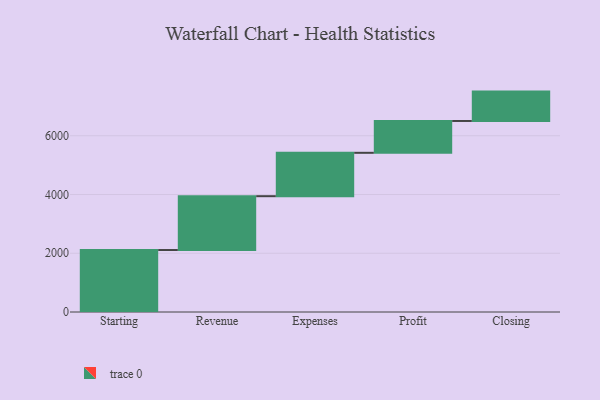
{"axis": {"x": "Step", "y": "Value"}, "legend": [""], "data": [{"x": "Starting", "y": 2110.0, "type": ""}, {"x": "Revenue", "y": 1833.0, "type": ""}, {"x": "Expenses", "y": 1477.0, "type": ""}, {"x": "Profit", "y": 1084.0, "type": ""}, {"x": "Closing", "y": 1000, "type": ""}]}